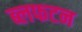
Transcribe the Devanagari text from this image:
ब्लफटन